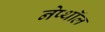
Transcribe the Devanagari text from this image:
नेप्थॉल